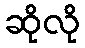
ဆိုလို